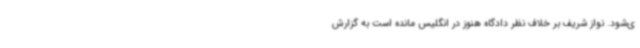
ی‌شود. نواز شریف بر خلاف نظر دادگاه هنوز در انگلیس مانده است به گزارش